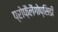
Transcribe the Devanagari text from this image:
प्रोफ़ैलैंगोप्सिडी